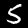
Label: 5